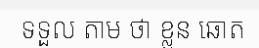
ទទួល តាម ថា ខ្លួន ឆោត